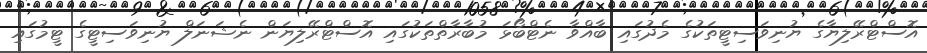
އޮސްޓްރޭލިޔާގެ ޔުނިވަސިޓީތަކުގެ މެދުގައި ބާއްވާ ނެޓްބޯޅަ މުބާރާތްތަކުގައި އޮސްޓްރޭލިޔަން ނެޝަނަލް ޔުނިވަސިޓީގެ ޓީމުގައި